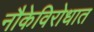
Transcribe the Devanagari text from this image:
नौकेविरोधात